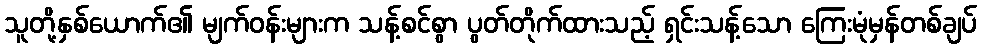
သူတို့နှစ်ယောက်၏ မျက်ဝန်းများက သန့်စင်စွာ ပွတ်တိုက်ထားသည့် ရှင်းသန့်သော ကြေးမုံမှန်တစ်ချပ်